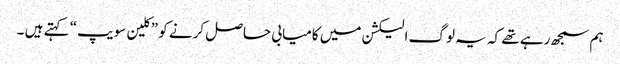
ہم سمجھ رہے تھے کہ یہ لوگ الیکشن میں کامیابی حاصل کرنے کو ”کلین سویپ“ کہتے ہیں ۔